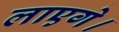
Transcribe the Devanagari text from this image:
लाएगे।